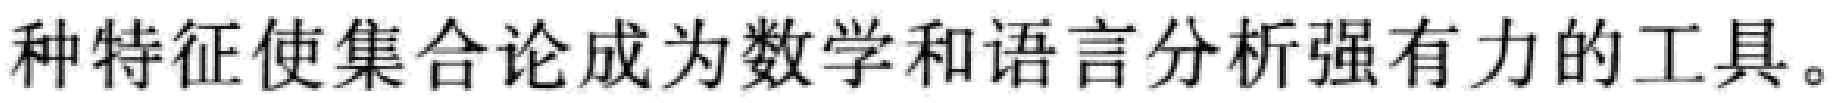
种特征使集合论成为数学和语言分析强有力的工具。